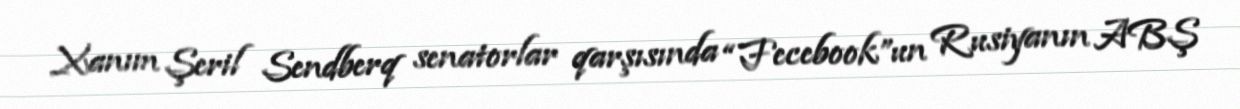
Xanım Şeril Sendberq senatorlar qarşısında “Fecebook”un Rusiyanın ABŞ